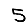
Digit: 5